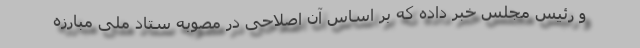
و رئیس مجلس خبر داده که بر اساس آن اصلاحی در مصوبه ستاد ملی مبارزه